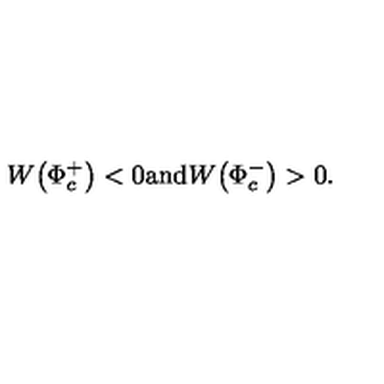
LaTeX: W \! \left( \Phi _ { c } ^ { + } \right) < 0 \mathrm { a n d } W \! \left( \Phi _ { c } ^ { - } \right) > 0 .